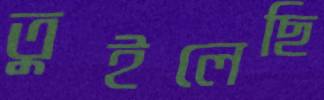
তুইলেছি